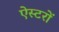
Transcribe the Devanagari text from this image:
ऐस्टरों